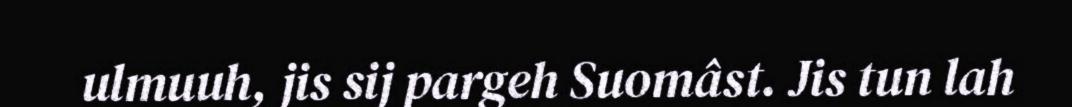
ulmuuh, jis sij pargeh Suomâst. Jis tun lah